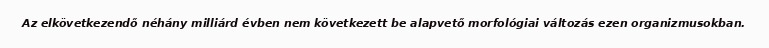
Az elkövetkezendő néhány milliárd évben nem következett be alapvető morfológiai változás ezen organizmusokban.